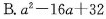
B. $$a^{2}-16a+32$$